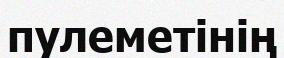
пулеметінің